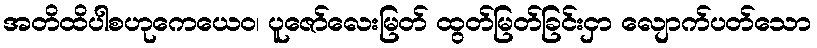
အတိထိပါစဟုကေယေဝ၊ ပူဇော်လေးမြတ် ထွတ်မြတ်ခြင်းငှာ လျောက်ပတ်သော